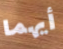
أيهما